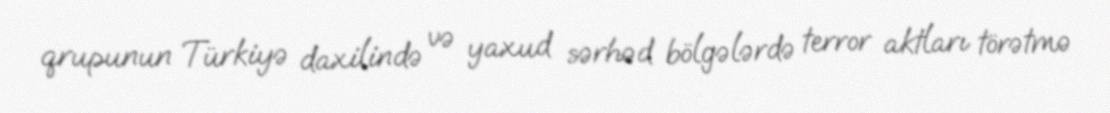
qrupunun Türkiyə daxilində və yaxud sərhəd bölgələrdə terror aktları törətmə